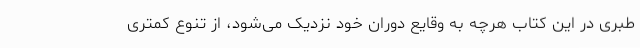
طبری در این کتاب هرچه به وقایع دوران خود نزدیک می‌شود، از تنوع کمتری